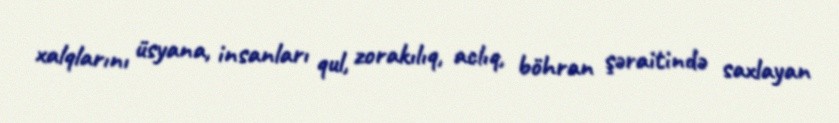
xalqlarını üsyana, insanları qul, zorakılıq, aclıq, böhran şəraitində saxlayan